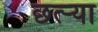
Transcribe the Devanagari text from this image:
छत्र्‍या